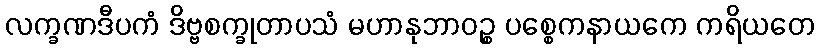
လက္ခဏဒီပကံ ဒိဗ္ဗစက္ခုတာပသံ မဟာနုဘာဝဉ္စ ပစ္စေကနာယကေ ကရိယတေ